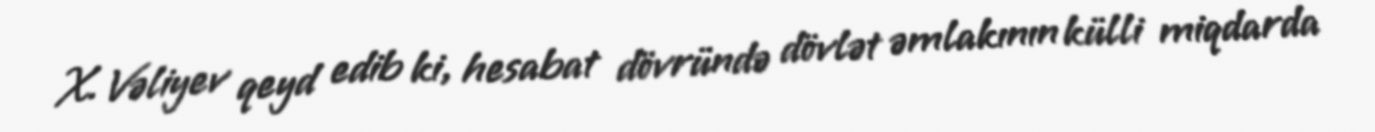
X. Vəliyev qeyd edib ki, hesabat dövründə dövlət əmlakının külli miqdarda